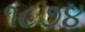
૧૮૭૪